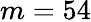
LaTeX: m=54